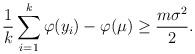
LaTeX: \begin{align*}\frac 1k \sum_{i=1}^k \varphi(y_i) - \varphi (\mu) \geq \frac{m\sigma^2}{2}.\end{align*}